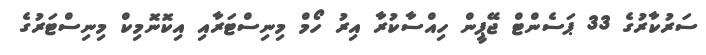
ސަރުކާރުގެ 33 ޕަސެންޓް ޖޭޕީން ހިއްސާކުރާ އިރު ހޯމް މިނިސްޓަރާއި އިކޮނޮމިކް މިނިސްޓަރުގެ